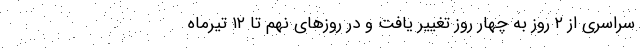
سراسری از ۲ روز به چهار روز تغییر یافت و در روزهای نهم تا ۱۲ تیرماه